Insane asylums in Bengal annual reports 1867-1875 - 1867-1875
Year: 1867
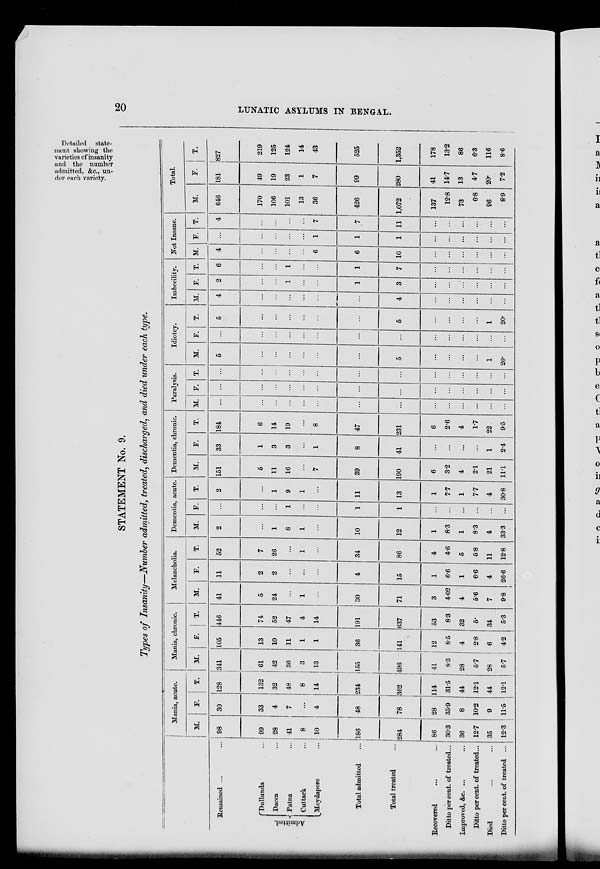
20
LUNATIC ASYLUMS IN BENGAL.
Detailed state-
ment showing the
varieties of insanity
and the number
admitted, &c., un-
der each variety.
STATEMENT No. 9.
Types of Insanity—Number admitted, treated, discharged, and died under each type.
Remained ... ...
Admitted.
Dullunda ...
Dacca ...
Patna ...
Cuttack ...
Moydapore ...
Total admitted ...
Total treated ...
Recovered ... ...
Ditto per cent. of treated...
Improved, &c. ... ...
Ditto per cent. of treated...
Died ... ...
Ditto per cent. of treated ...
Mania, acute.
M.
98
99
28
41
8
10
186
284
86
30.3
36
12.7
35
12.3
F.
30
33
4
7
...
4
48
78
28
35.9
8
10.2
9
11.5
T.
128
132
32
48
8
14
234
362
114
31.5
44
12.1
44
12.1
Mania, chronic.
M.
341
61
42
36
3
13
155
496
41
8.3
28
5.7
28
5.7
F.
105
13
10
11
1
1
36
141
12
8.5
4
2.8
6
4.2
T.
446
74
52
47
4
14
191
637
53
8.3
32
5.
34
5.3
Melancholia.
M.
41
5
24
...
1
...
30
71
3
4.02
4
5.6
7
9.8
F.
11
2
2
...
...
...
4
15
1
6.6
1
6.6
4
26.6
T.
52
7
26
...
1
...
34
86
4
4.6
5
5.8
11
12.8
Dementia, acute.
M.
2
...
1
8
1
...
10
12
1
8.3
1
8.3
4
33.3
F.
...
...
...
1
...
...
1
1
...
...
...
...
...
...
T.
2
...
1
9
1
...
11
13
1
7.7
1
7.7
4
30.8
Dementia, chronic.
M.
151
5
11
16
...
7
39
190
6
3.2
4
2.1
21
11.1
F.
33
1
3
3
...
1
8
41
...
...
...
...
1
2.4
T.
184
6
14
19
...
8
47
231
6
2.6
4
1.7
22
9.5
Paralysis.
M.
...
...
...
...
...
...
...
...
...
...
...
...
...
...
F.
...
...
...
...
...
...
...
...
...
...
...
...
...
...
T.
...
...
...
...
...
...
...
...
...
...
...
...
...
...
Idiotcy.
M.
5
...
...
...
...
...
...
5
...
...
...
...
1
20.
F.
...
...
...
...
...
...
...
...
...
...
...
...
...
...
T.
5
...
...
...
...
...
...
5
...
...
...
...
1
20.
Imbecility.
M.
4
...
...
...
...
...
...
4
...
...
...
...
...
...
F.
2
...
...
1
...
...
1
3
...
...
...
...
...
...
T.
6
...
...
1
...
...
1
7
...
...
...
...
...
...
Not Insane.
M.
4
...
...
...
...
6
6
10
...
...
...
...
...
...
F.
...
...
...
...
...
1
1
1
...
...
...
...
...
...
T.
4
...
...
...
...
7
7
11
...
...
...
...
...
...
Total.
M.
646
170
106
101
13
36
426
1,072
137
12.8
73
6.8
96
8.9
F.
181
49
19
23
1
7
99
280
41
14.7
13
4.7
20.
7.2
T.
827
219
125
124
14
43
525
1,352
178
13.2
86
6.3
116
8.6